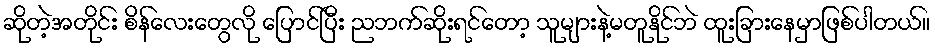
ဆိုတဲ့အတိုင်း စိန်လေးတွေလို ပြောင်ပြီး ညဘက်ဆိုးရင်တော့ သူများနဲ့မတူနိုင်ဘဲ ထူးခြားနေမှာဖြစ်ပါတယ်။